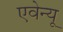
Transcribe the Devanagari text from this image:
एवेन्‍यू